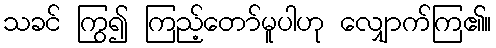
သခင် ကြွ၍ ကြည့်တော်မူပါဟု လျှောက်ကြ၏။